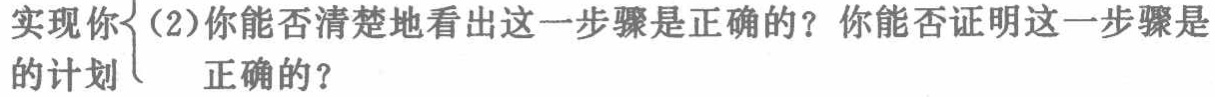
实现你（2）你能否清楚地看出这一步骤是正确的？你能否证明这一步骤是正确的？